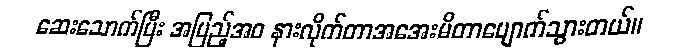
ဆေးသောက်ပြီး အပြည့်အဝ နားလိုက်တာအအေးမိတာပျောက်သွားတယ်။